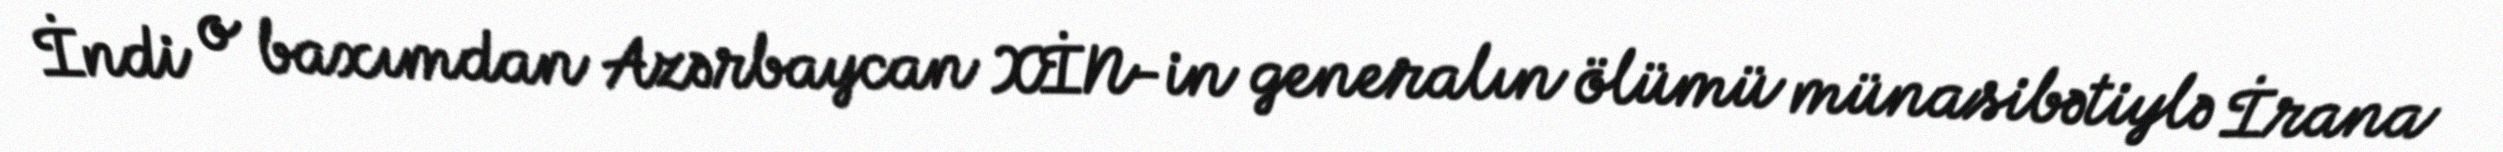
İndi o baxımdan Azərbaycan XİN-in generalın ölümü münasibətiylə İrana